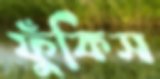
ফুঁকিস